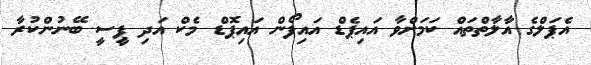
އެޕަލްގެ އާލާތްތައް ކަމަށްވާ އައިޕެޑް އައިފޯން އައިޕޮޑް މެކް އަދި ޕީސީ ބޭނުންކުރާ